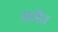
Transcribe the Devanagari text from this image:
समेंत